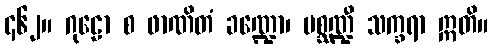
၄၆၂။ ဂုဠော စ ဖာဏိတံ ခဏ္ဍော၊ မစ္ဆဏ္ဍီ သက္ခရာ ဣတိ။